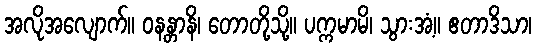
အလိုအလျောက်။ ဝနန္တာနိ၊ တောတို့သို့။ ပက္ကမာမိ၊ သွားအံ့။ ဧတာဒိသာ၊